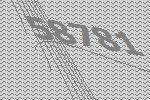
58781